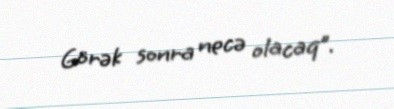
Görək sonra necə olacaq”.